Statistics of inoculations with Haffkine's anti-plague vaccine 1897-1900
Year: 1897
Disease focus: Plague
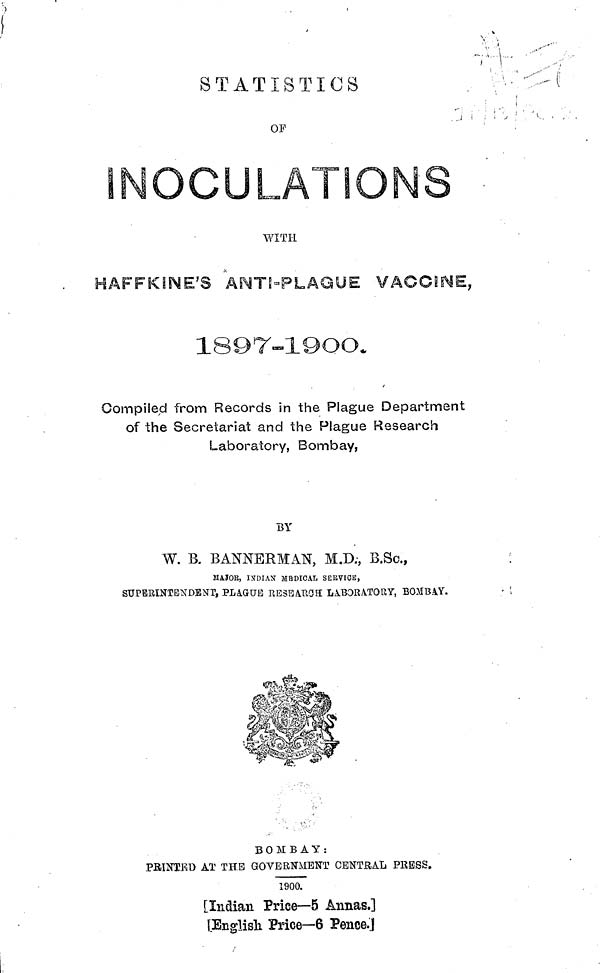
STATST
ATTSTICS
OF
WITH
HAFFKINE'S ANTI-PLAGUE VACCINE,
1897-1900.
Compiied from Records in the Plague Department
of the Secretariat and the Plague Research
Laboratory, Bombay,
BY
W. B. BANNERMAN, M.D;, B.So.,
MA.JOB, INDIAN MEDICAL SEKVIOE,
SUPERINTENDENT, PLA.GÜE RESEAftOH LABORATOUY, BOMBAY.
Β Ο Μ Β Α Υ :
PRINTED AT THE GOVERNMENT CENTRAL PRESS.
1900.
[Indian Price—5 Annas.]
[English Price—6 Pence.]